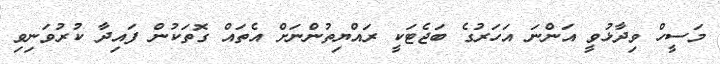
މަސީހް ވިދާޅުވީ އަންނަ އަހަރުގެ ބަޖެޓަކީ ރައްޔިތުންނަށް އެތައް ގޮތަކުން ފައިދާ ކުރުވަނިވި